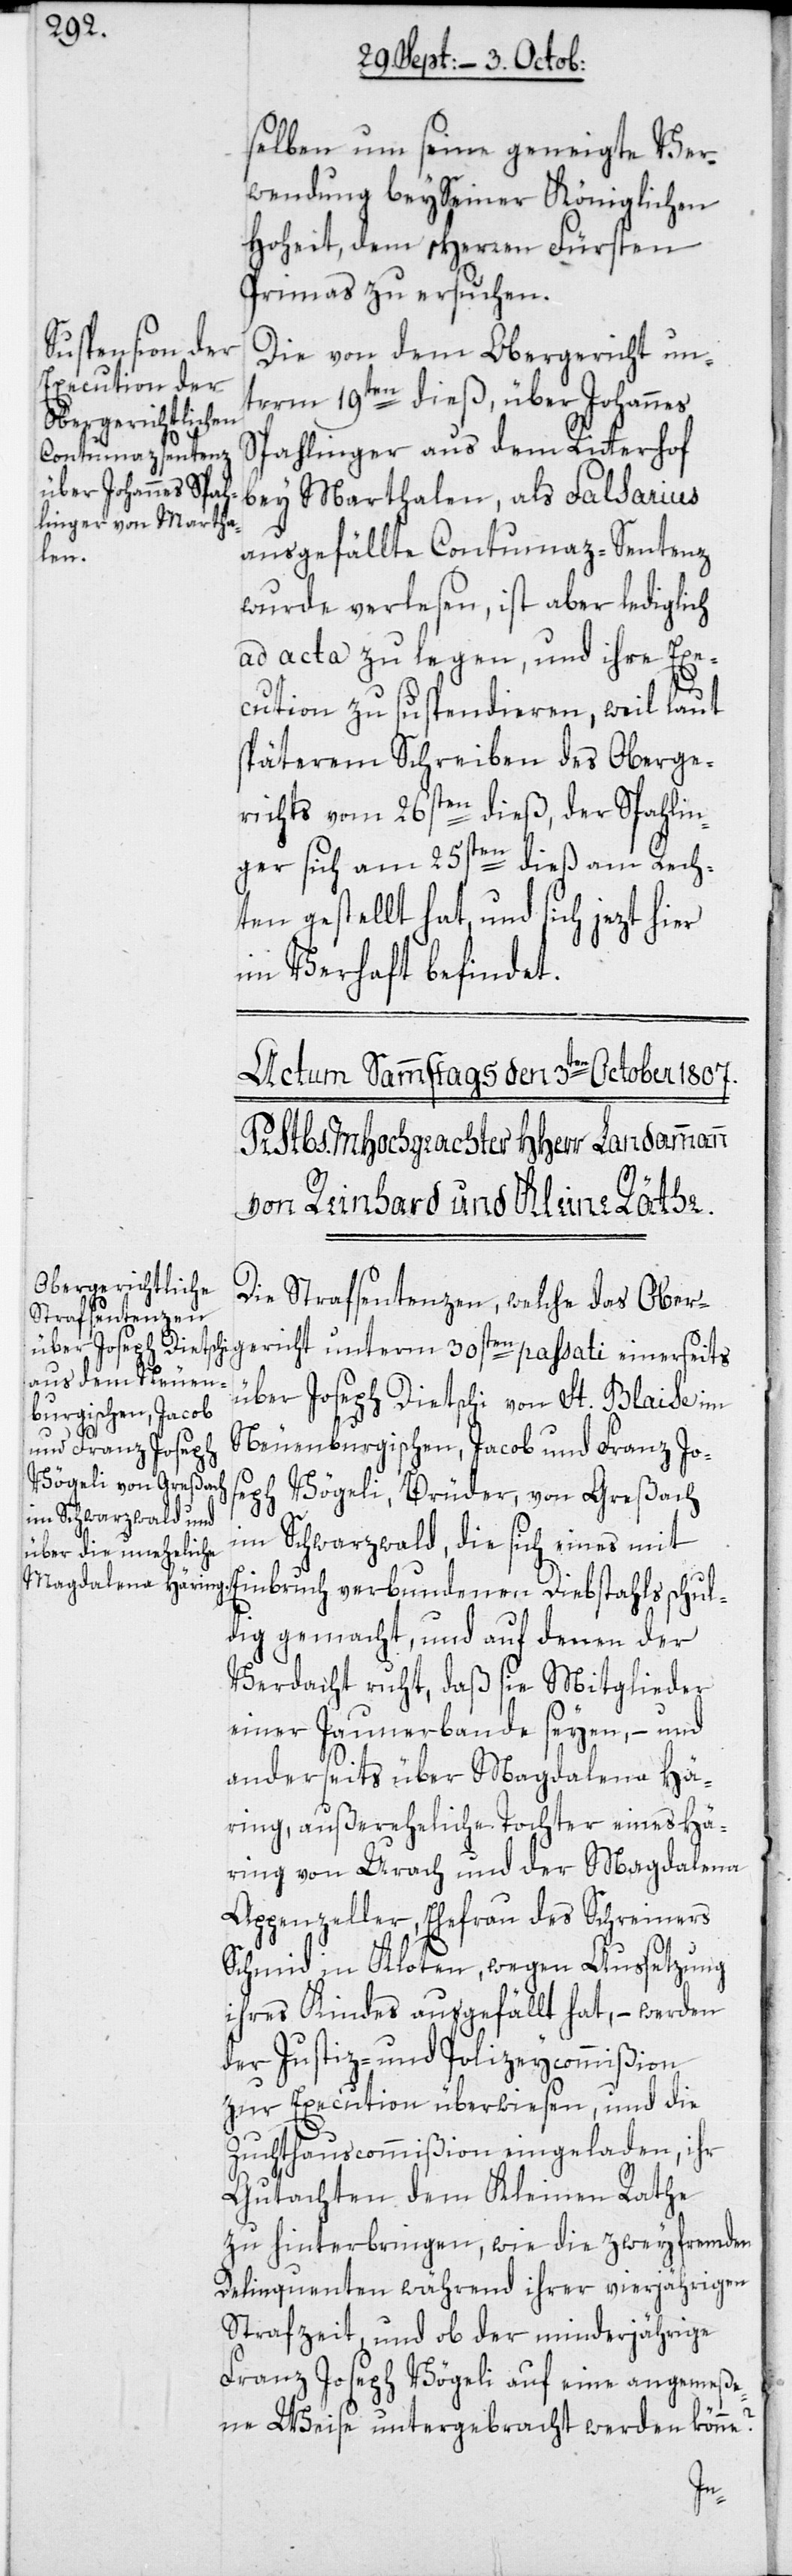
selben um seine geneigte Ver¬
wendung bey Seiner Königlichen
Hoheit, dem Herren Fürsten
Primas zu ersuchen.
Die von dem Obergericht un¬
term 19ten dieß, über Johannes
Spahlinger aus dem Ritterhof
bey Marthalen, als Falsarius
ausgefällte Contumaz-Sentenz
wurde verlesen, ist aber lediglich
ad acta zu legen, und ihre Exe¬
cution zu suspendieren, weil laut
späterem Schreiben des Oberge¬
richts vom 26sten dieß, der Spahlin¬
ger sich am 25sten dieß am Rech¬
ten gestellt hat, und sich jezt hier
im Verhaft befindet.
Die Strafsentenzen, welche das Ober¬
gericht unterm 30sten passati einerseits
über Joseph Dietschi von St. Blaise im
Neuenburgischen; Jacob und Franz Jo¬
seph Vögeli, Brüder, von Greßach
im Schwarzwald, die sich eines mit
Einbruch verbundenen Diebstahls schul¬
dig gemacht, und auf denen der
Verdacht ruht, daß sie Mitglieder
einer Jaunerbande seyen, – und
anderseits über Magdalena Hä¬
ring, außereheliche Tochter eines Hä¬
ring von Urach und der Magdalena
Appenzeller, Ehefrau des Schreiners
Schmid in Kloten, wegen Aussetzung
ihres Kindes ausgefällt hat, – werden
der Justiz- und Polizeycommißion
zur Execution überwiesen, und die
Zuchthauscommißion eingeladen, ihr
Gutachten dem Kleinen Rathe
zu hinterbringen, wie die zwey fremden
Delinquenten während ihrer vierjährigen
Strafzeit, und ob der minderjährige
Franz Joseph Vögeli auf eine angemeße¬
ne Weise untergebracht werden könne?